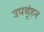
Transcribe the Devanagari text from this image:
उपबृंहन